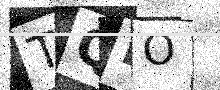
Text: TQDO